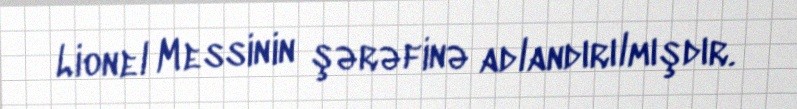
Lionel Messinin şərəfinə adlandırılmışdır.